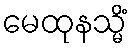
မေထုနသ္မိံ